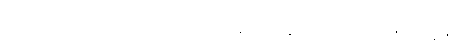
သဗ္ဗ စိတ္တသာဓာရဏော၊ အလုံးစုံသော စိတ်တို့နှင့် ဆက်ဆံသော သဒ္ဒါတည်း။ [၀၁] (နိ-၅၈)